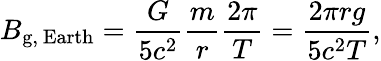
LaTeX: B_{\mathrm{g,~Earth}}={\frac{G}{5c^{2}}}{\frac{m}{r}}{\frac{2\pi}{T}}={\frac{2\pi rg}{5c^{2}T}},